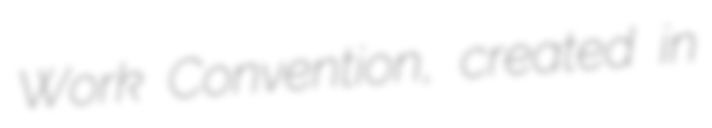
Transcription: Work Convention, created in